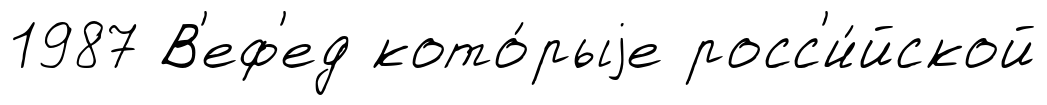
1987 В'еф'ед кото́рыjе росс'и́йской